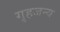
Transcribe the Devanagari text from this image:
गृहजन्य